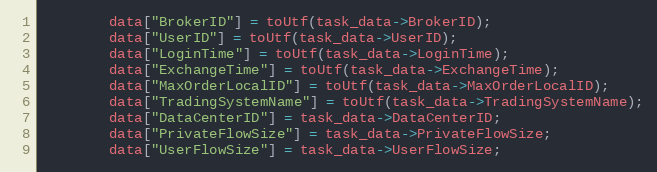
Language: C++
		data["BrokerID"] = toUtf(task_data->BrokerID);
		data["UserID"] = toUtf(task_data->UserID);
		data["LoginTime"] = toUtf(task_data->LoginTime);
		data["ExchangeTime"] = toUtf(task_data->ExchangeTime);
		data["MaxOrderLocalID"] = toUtf(task_data->MaxOrderLocalID);
		data["TradingSystemName"] = toUtf(task_data->TradingSystemName);
		data["DataCenterID"] = task_data->DataCenterID;
		data["PrivateFlowSize"] = task_data->PrivateFlowSize;
		data["UserFlowSize"] = task_data->UserFlowSize;